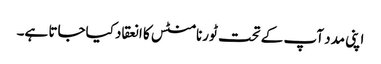
اپنی مدد آپ کے تحت ٹورنامنٹس کا انعقاد کیاجاتا ہے۔